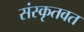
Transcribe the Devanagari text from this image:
संस्कृतवत